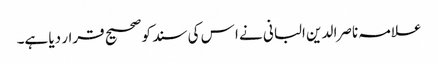
علامہ ناصرا لدین البانی نے ا س کی سند کو صحیح قرار دیا ہے۔